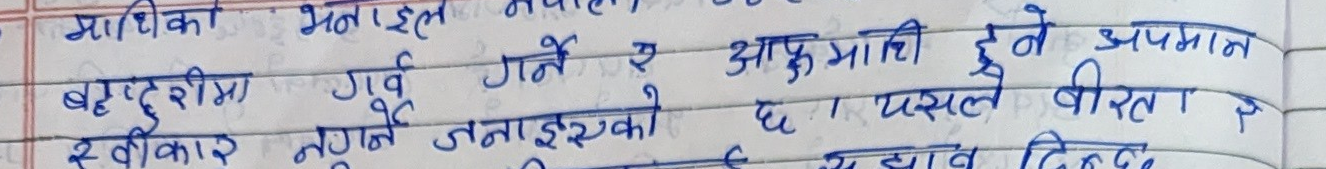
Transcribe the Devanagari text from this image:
माथिका मनैइल नप
बहादुरीमा गर्व गर्ने र आफूमाथि हुने अपमान
र स्वीकार नहुने जनाइस्को छ। यसले बीरता र
त्याग दिन्दछ.